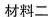
材料二